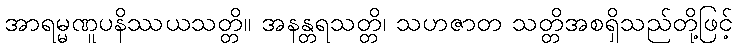
အာရမ္မဏူပနိဿယသတ္တိ။ အနန္တရသတ္တိ၊ သဟဇာတ သတ္တိအစရှိသည်တို့ဖြင့်